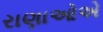
રાણાઓએ